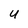
Character: U